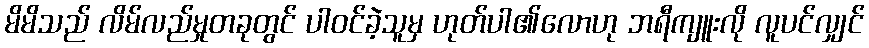
မိမိသည် လိမ်လည်မှုတခုတွင် ပါဝင်ခဲ့သူမှ ဟုတ်ပါ၏လောဟု ဘရီကျူးလို လူပင်လျှင်